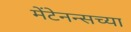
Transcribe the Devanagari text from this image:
मेंटेनन्सच्या